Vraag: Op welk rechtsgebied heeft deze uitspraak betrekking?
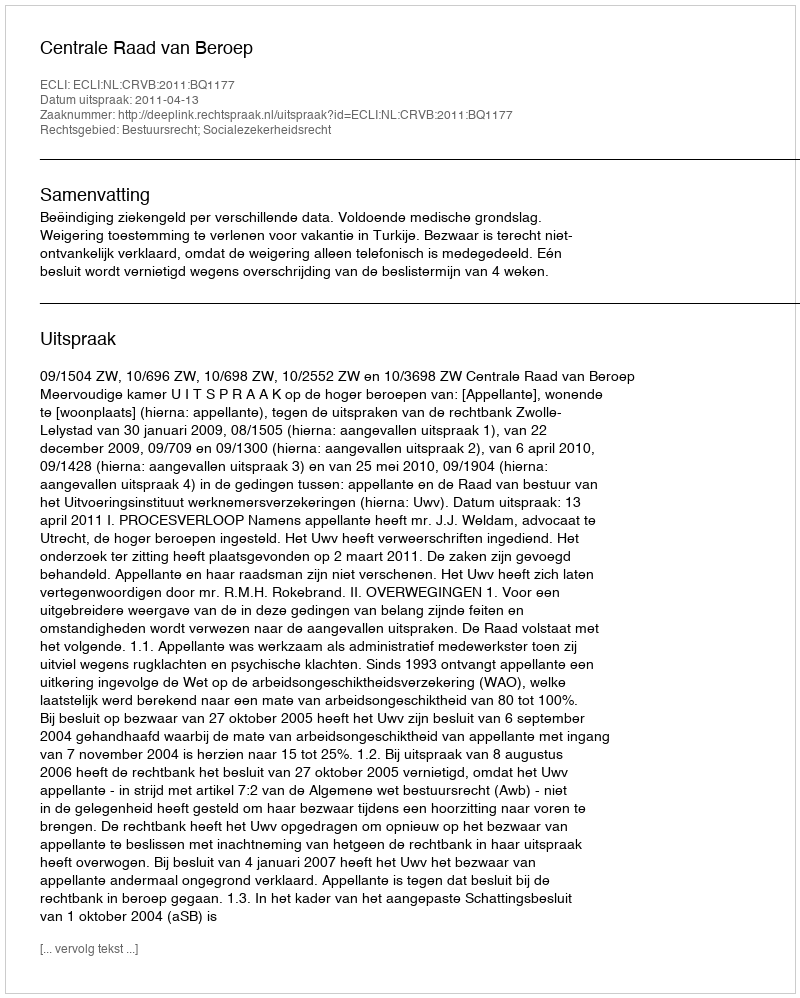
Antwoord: Bestuursrecht; Socialezekerheidsrecht